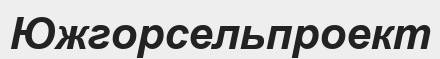
Южгорсельпроект